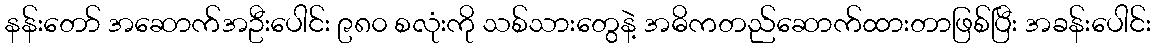
နန်းတော် အဆောက်အဦးပေါင်း ၉၈၀ စလုံးကို သစ်သားတွေနဲ့ အဓိကတည်ဆောက်ထားတာဖြစ်ပြီး အခန်းပေါင်း